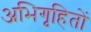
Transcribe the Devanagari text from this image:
अभिगृहितों